Punjab Mental Hospital Lahore 1922-31 - 1922-1931
Year: 1922
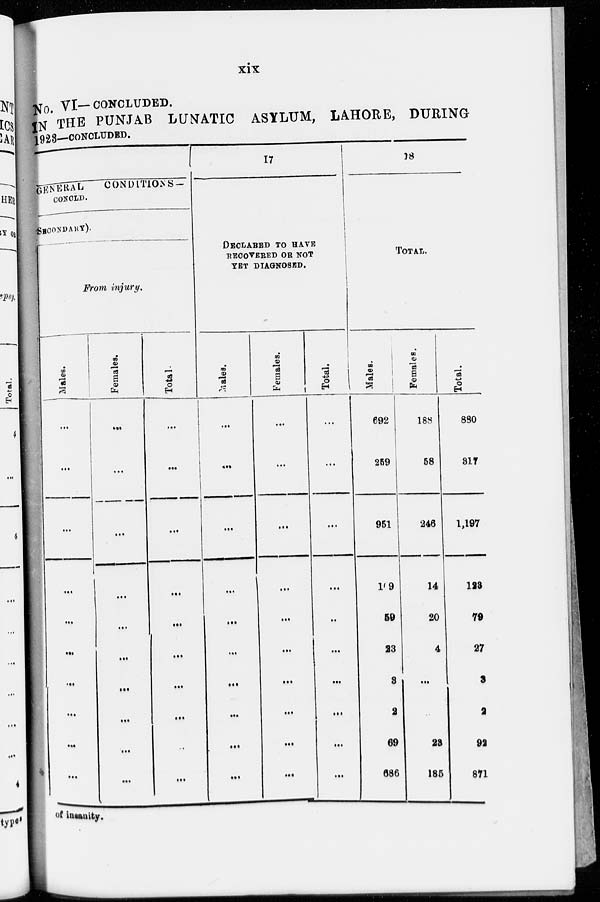
xix
No. VI—CONCLUDED.
IN THE PUNJAB LUNATIC ASYLUM, LAHORE, DURING
1923—CONCLUDED.
1
GENERAL
CONDITIONS-
CONCLD.
SECONDARY)
From injury.
Males.
...
...
...
...
...
...
...
...
...
...
Females.
...
...
...
...
...
...
...
...
...
...
Total.
...
...
...
...
...
...
...
...
...
...
17
DECLARED TO HAVE
RECOVERED OR NOT
YET DIAGNOSED.
Males.
...
...
...
...
...
...
...
...
...
...
Females.
...
...
...
...
...
...
...
...
...
...
Total.
...
...
...
...
...
...
...
...
...
...
18
TOTAL.
Males.
692
259
951
109
59
23
3
2
69
686
Females.
188
58
246
14
20
4
...
...
23
185
Total.
880
317
1,197
123
79
27
3
2
92
871
of insanity.